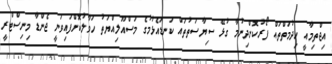
އިޖްތިމާއީ ހިދުމަތްތައް ފޯރުކޮށްދިނުމާ ގުޅޭ ސިޔާސަތުތައް ކަނޑައެޅުމުގެ މަސްއޫލިއްޔަތު ހަވާލުކޮށްފައިވަނީ ޖެންޑާ މިނިސްޓްރީ